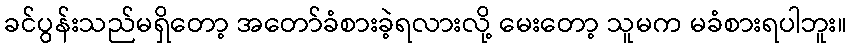
ခင်ပွန်းသည်မရှိတော့ အတော်ခံစားခဲ့ရလားလို့ မေးတော့ သူမက မခံစားရပါဘူး။